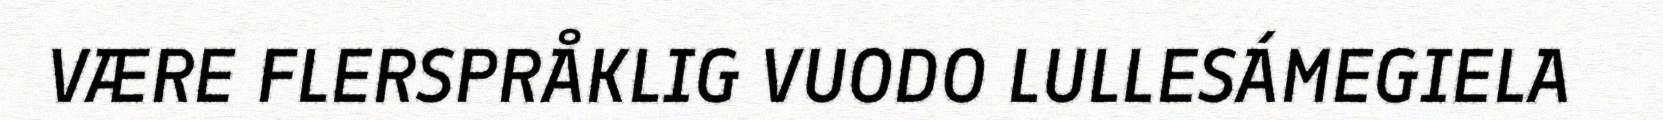
VÆRE FLERSPRÅKLIG VUODO LULLESÁMEGIELA